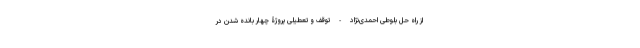
از راه حل بلوطی احمدی‌نژاد - توقف و تعطیلی پروژۀ چهار بانده شدن در